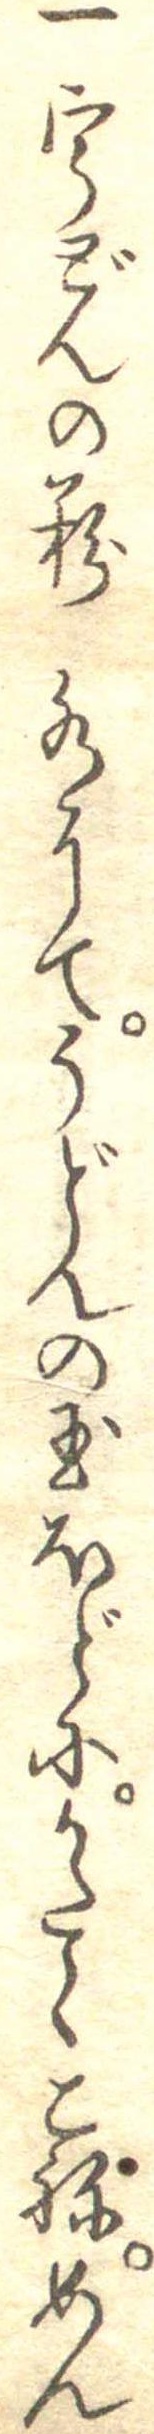
一うどんの粉水にてうどんの玉ほどにかたくこねめん